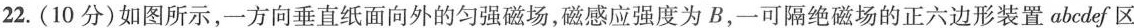
22.(10分)如图所示，一方向垂直纸面向外的匀强磁场，磁感应强度为B，一可隔绝磁场的正六边形装置abcdef区